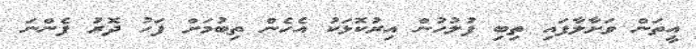
އީތަން ވަށާލާފައި ތިބި ފުލުހުން އިރުކޮޅަކު އެހެން ތިބުމަށް ފަހު ދޮރު ފެންނަ